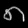
Digit: ၈